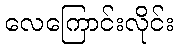
လေကြောင်းလိုင်း